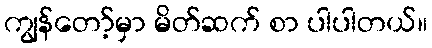
ကျွန်တော့်မှာ မိတ်ဆက် စာ ပါပါတယ်။